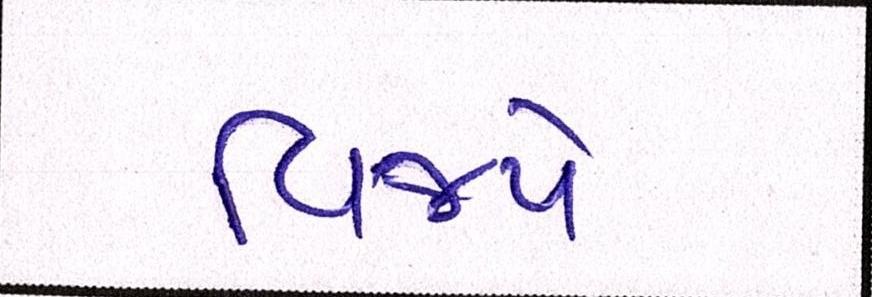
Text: વિજયે